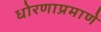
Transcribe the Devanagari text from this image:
धोरणाप्रमाणे